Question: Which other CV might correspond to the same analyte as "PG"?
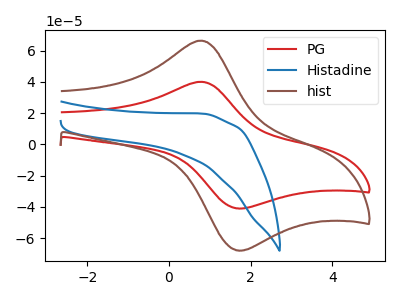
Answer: <think>The red curve "PG" has an anodic peak at (0.75V, 40.10uA) and a cathodic peak at (1.65V, -40.85uA). The blue curve "Histadine" has no peaks. The brown curve "hist" has an anodic peak at (0.75V, 66.45uA) and a cathodic peak at (1.65V, -67.70uA).
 "PG" and "Histadine" have a different number of peaks. All the peaks in "PG" have a peak in "hist" at the same potential. Every peak in "PG" is lower than every peak in "hist". "Histadine" and "hist" have a different number of peaks.</think>
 <answer>The CV with the most similar shape to "hist" is "PG".</answer>
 <eval>"PG"</eval>